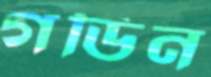
গডিন